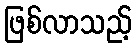
ဖြစ်လာသည့်